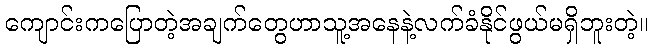
ကျောင်းကပြောတဲ့အချက်တွေဟာသူ့အနေနဲ့လက်ခံနိုင်ဖွယ်မရှိဘူးတဲ့။